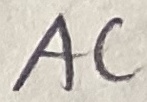
Text: AC